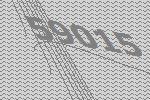
59015